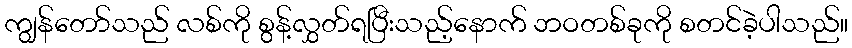
ကျွန်တော်သည် လစ်ကို စွန့်လွှတ်ရပြီးသည့်နောက် ဘဝတစ်ခုကို စတင်ခဲ့ပါသည်။